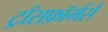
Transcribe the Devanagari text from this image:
ट्राँसफ़ॉर्मर्स